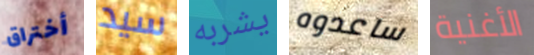
أختراق سيد يشربه ساعدوه الأغنية